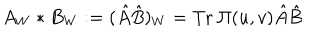
A _ { W } * B _ { W } : = ( \hat { A } \hat { B } ) _ { W } = \mathrm { T r } ~ \Pi ( u , v ) \hat { A } \hat { B }